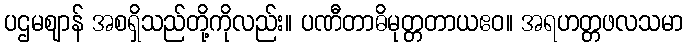
ပဌမဈာန် အစရှိသည်တို့ကိုလည်း။ ပဏီတာဓိမုတ္တတာယဧဝ။ အရဟတ္တဖလသမာ